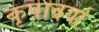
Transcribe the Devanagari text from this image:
कृपावर्या